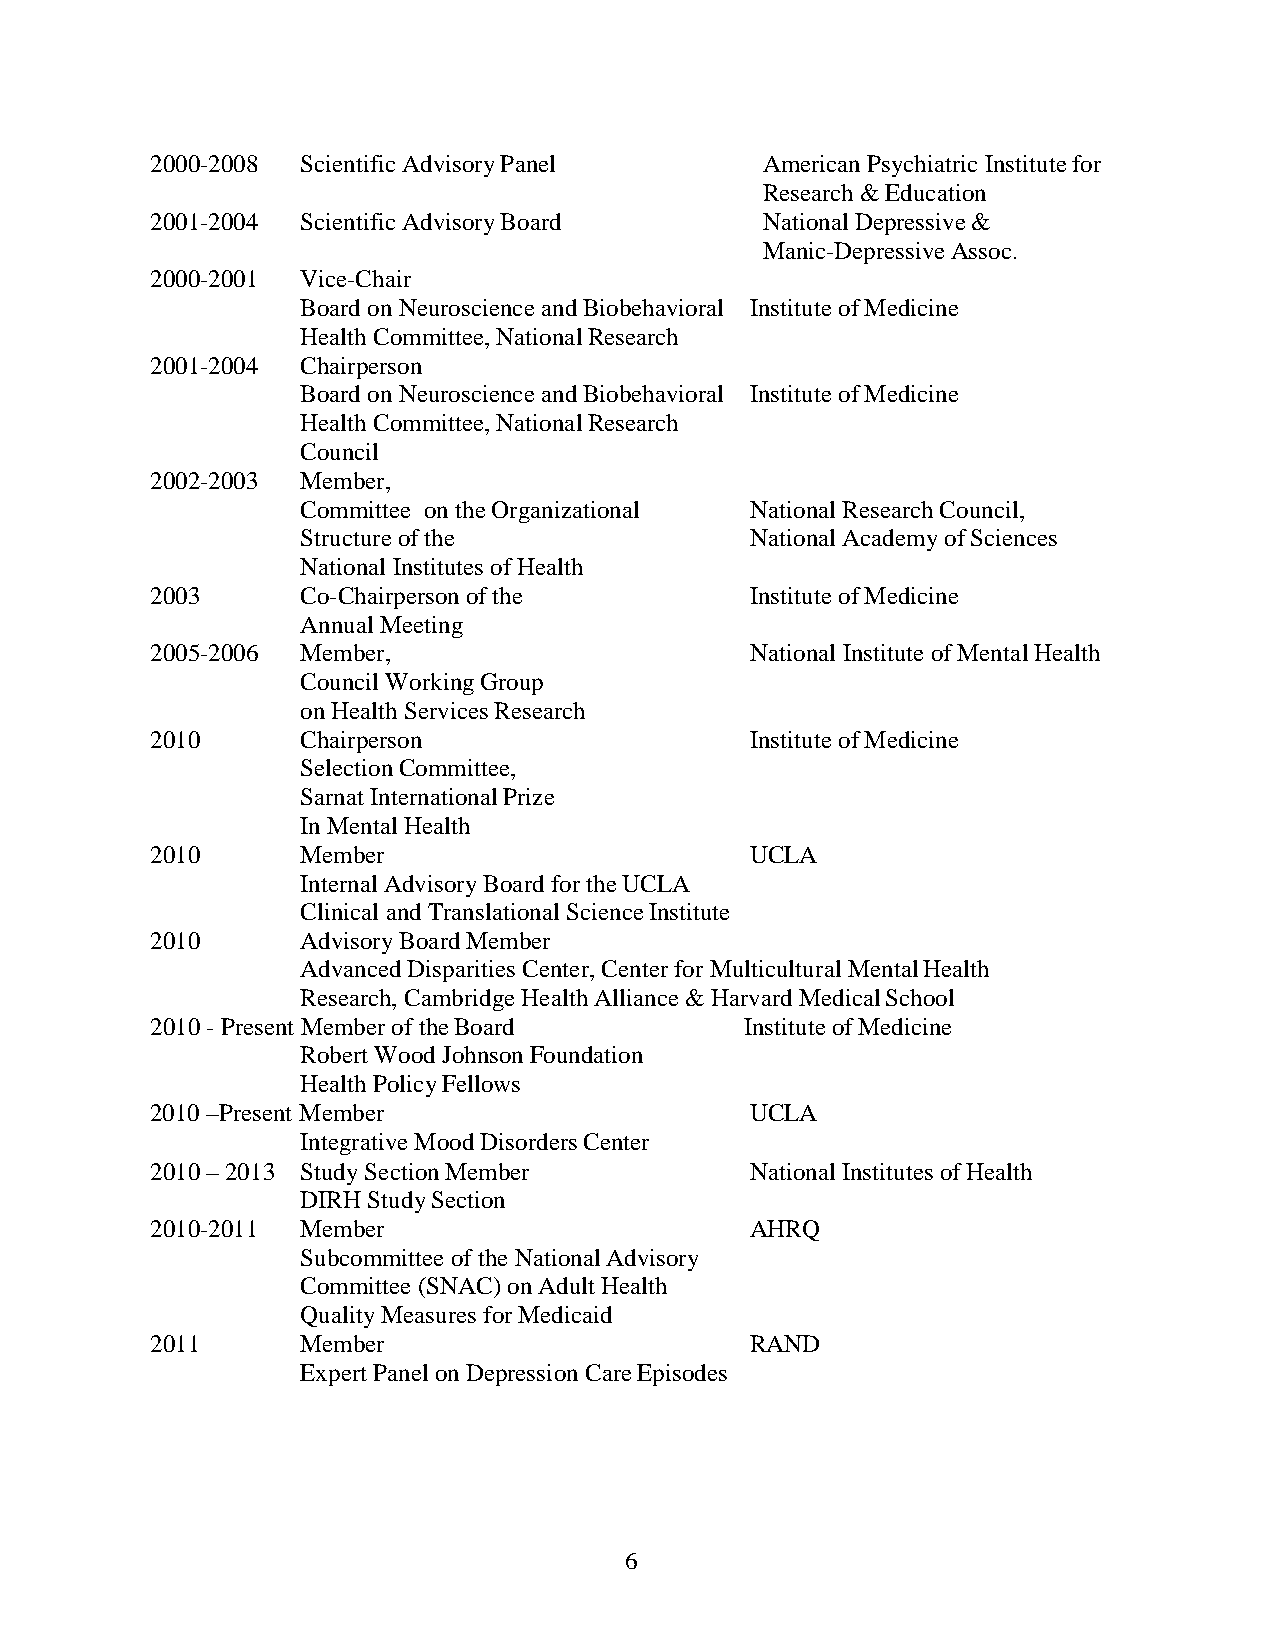
2000-2008 Scientific Advisory Panel     American Psychiatric Institute for
 Research & Education
 2001-2004 Scientific Advisory Board     National Depressive &
 Manic-Depressive Assoc.
 2000-2001 Vice-Chair
 Board on Neuroscience and Biobehavioral Institute of Medicine
 Health Committee, National Research
 2001-2004 Chairperson
 Board on Neuroscience and Biobehavioral Institute of Medicine
 Health Committee, National Research
 Council
 2002-2003 Member,
 Committee on the Organizational National Research Council,
 Structure of the              National Academy of Sciences
 National Institutes of Health
 2003      Co-Chairperson of the         Institute of Medicine
 Annual Meeting
 2005-2006 Member,                       National Institute of Mental Health
 Council Working Group
 on Health Services Research
 2010      Chairperson                   Institute of Medicine
 Selection Committee,
 Sarnat International Prize
 In Mental Health
 2010      Member                        UCLA
 Internal Advisory Board for the UCLA
 Clinical and Translational Science Institute
 2010      Advisory Board Member
 Advanced Disparities Center, Center for Multicultural Mental Health
 Research, Cambridge Health Alliance & Harvard Medical School
 2010 - Present Member of the Board     Institute of Medicine
 Robert Wood Johnson Foundation
 Health Policy Fellows
 2010 –Present Member                    UCLA
 Integrative Mood Disorders Center
 2010 – 2013 Study Section Member        National Institutes of Health
 DIRH Study Section
 2010-2011 Member                        AHRQ
 Subcommittee of the National Advisory
 Committee (SNAC) on Adult Health
 Quality Measures for Medicaid
 2011      Member                        RAND
 Expert Panel on Depression Care Episodes
 6